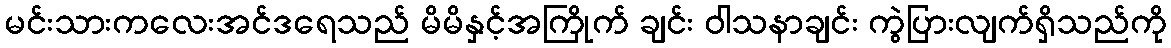
မင်းသားကလေးအင်ဒရေသည် မိမိနှင့်အကြိုက် ချင်း ဝါသနာချင်း ကွဲပြားလျက်ရှိသည်ကို